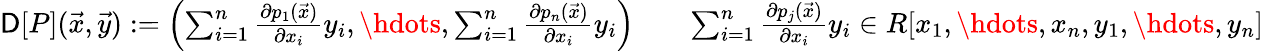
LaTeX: \begin{array}{rlr}{\mathsf{D}[P](\vec{x},\vec{y}):=\left(\sum_{i=1}^{n}\frac{\partial p_{1}(\vec{x})}{\partial x_{i}}y_{i},\hdots,\sum_{i=1}^{n}\frac{\partial p_{n}(\vec{x})}{\partial x_{i}}y_{i}\right)}&{}&{\sum_{i=1}^{n}\frac{\partial p_{j}(\vec{x})}{\partial x_{i}}y_{i}\in R[x_{1},\hdots,x_{n},y_{1},\hdots,y_{n}]}\end{array}